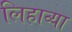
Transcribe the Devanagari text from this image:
लिहाव्या